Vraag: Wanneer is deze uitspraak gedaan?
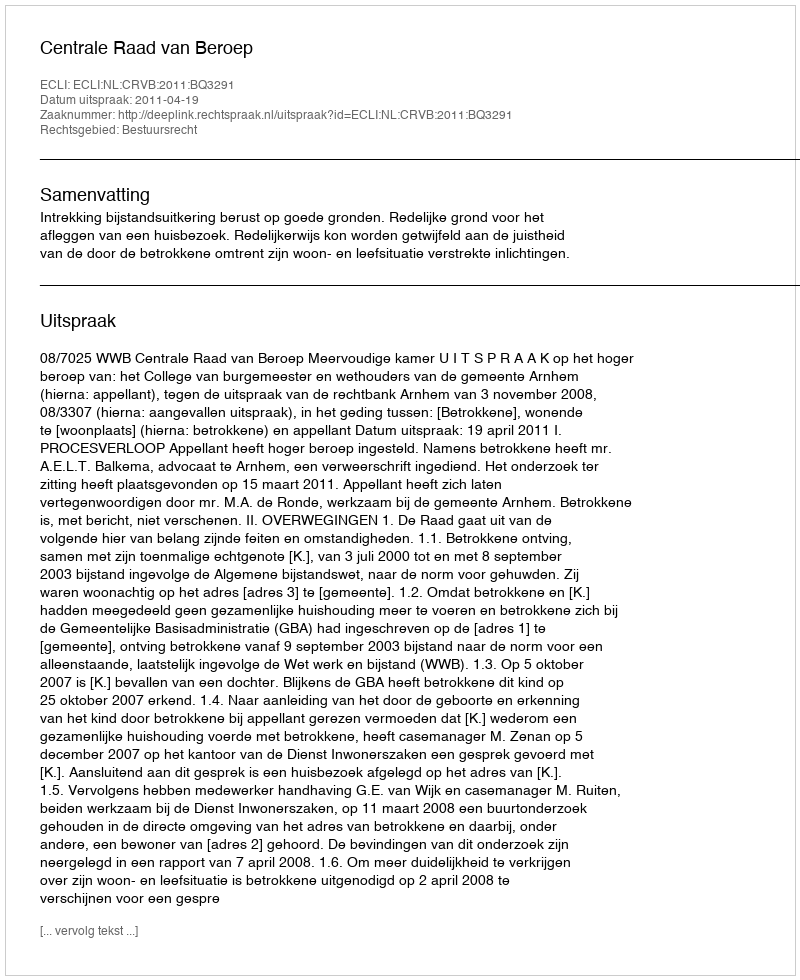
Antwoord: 2011-04-19